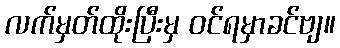
လက်မှတ်ထိုးပြီးမှ ဝင်ရမှာခင်ဗျ။